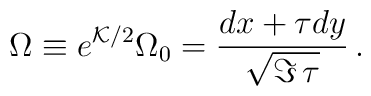
\Omega \equiv e^{{\cal K}/2} \Omega_0 = {dx + \tau dy\over\sqrt{\Im\,\tau}}  \,.